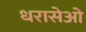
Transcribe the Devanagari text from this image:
धरासेओ